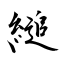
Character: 縋